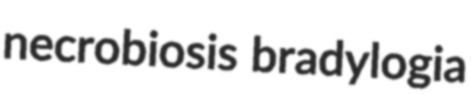
necrobiosis bradylogia